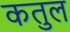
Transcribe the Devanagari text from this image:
कतुल